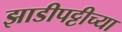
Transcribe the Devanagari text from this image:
झाडीपट्टीच्या